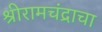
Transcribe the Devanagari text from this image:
श्रीरामचंद्राचा